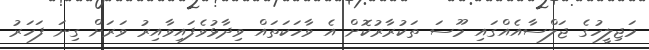
މަޖިލީހުގެ ޖަލްސާއެއްގައި މޫސަ ތަކުރާރުކޮށް އެ ވާހަކަތައް ވިދާޅުވެފައިވާއިރު ވަރަށް ގިނަ ފަހަރު